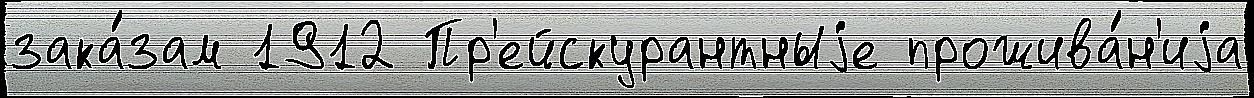
зака́зам 1912 Пр'ейскурантныjе прожива́н'иjа